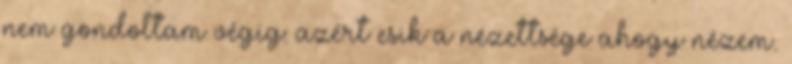
nem gondoltam végig: azért esik a nézettsége ahogy nézem.